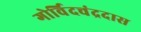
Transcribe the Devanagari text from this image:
गोर्विदचंद्रदास